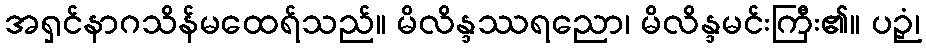
အရှင်နာဂသိန်မထေရ်သည်။ မိလိန္ဒဿရညော၊ မိလိန္ဒမင်းကြီး၏။ ပဉှံ၊